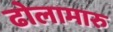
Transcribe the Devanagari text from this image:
ढोलामारु